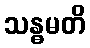
သန္ဓမတိ